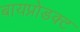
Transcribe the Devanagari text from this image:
बायप्रोडक्ट